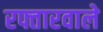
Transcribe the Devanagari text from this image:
रफ्तारवाले